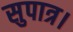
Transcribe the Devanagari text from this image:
सुपात्र।